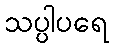
သပ္ပါပရေ